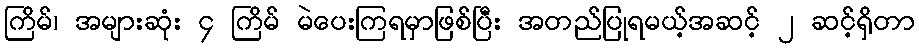
ကြိမ်၊ အများဆုံး ၄ ကြိမ် မဲပေးကြရမှာဖြစ်ပြီး အတည်ပြုရမယ့်အဆင့် ၂ ဆင့်ရှိတာ